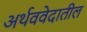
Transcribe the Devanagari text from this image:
अर्थववेदातील